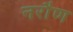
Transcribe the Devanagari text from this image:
नरौण